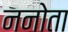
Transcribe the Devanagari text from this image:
ननोता